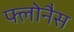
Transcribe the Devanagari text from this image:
फ्लोनैस